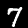
Digit: 7